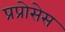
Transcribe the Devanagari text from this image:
प्रप्रोसेस